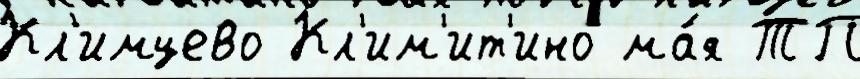
Кл'имцево Кл'им'ит'ино ма́я ТП